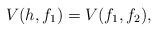
\begin{align*} V(h,f_1) = V(f_1,f_2),\end{align*}